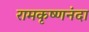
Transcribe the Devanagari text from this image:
रामकृष्णनंदा